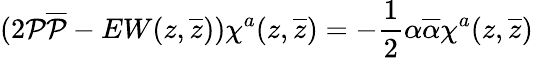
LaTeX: (2{\cal P}{\overline{{{\cal P}}}}-EW(z,\overline{{{z}}}))\chi^{a}(z,\overline{{{z}}})=-\frac{1}{2}\alpha\overline{{{\alpha}}}\chi^{a}(z,\overline{{{z}}})